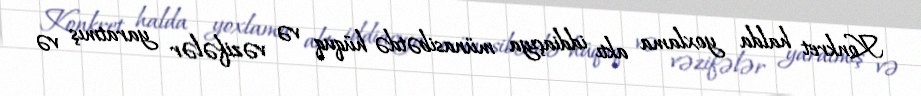
Konkret halda yoxlama aktı iddiaçıya münasibətdə hüquq və vəzifələr yaratmış və